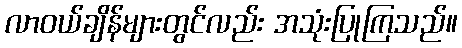
လာဝယ်ချိန်များတွင်လည်း အသုံးပြုကြသည်။